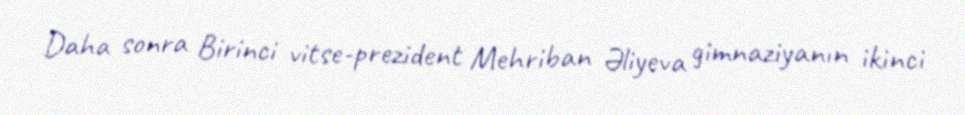
Daha sonra Birinci vitse-prezident Mehriban Əliyeva gimnaziyanın ikinci